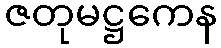
ဇတုမဋ္ဌကေန